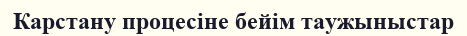
Карстану процесіне бейім таужыныстар